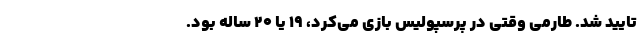
تایید شد. طارمی وقتی در پرسپولیس بازی می‌کرد، ۱۹ یا ۲۰ ساله بود.